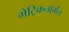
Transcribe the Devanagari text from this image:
मेट्रिकनॉर्मल